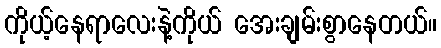
ကိုယ့်နေရာလေးနဲ့ကိုယ် အေးချမ်းစွာနေတယ်။